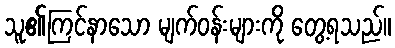
သူ၏ကြင်နာသော မျက်ဝန်းများကို တွေ့ရသည်။